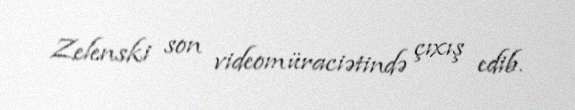
Zelenski son videomüraciətində çıxış edib.